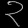
Digit: ၃